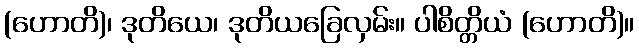
(ဟောတိ)၊ ဒုတိယေ၊ ဒုတိယခြေလှမ်း။ ပါစိတ္တိယံ (ဟောတိ)။